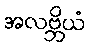
အလဗ္ဘိယံ